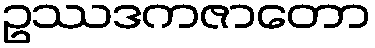
ဥဿဒကဇာတော